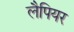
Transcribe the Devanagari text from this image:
लैपियर